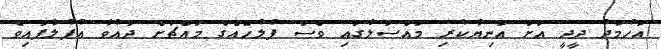
އަހުމަދު ދީދީ އަށް އަނިޔާކުރި މައްސަލާގައި ވެސް ފުލުހެއްގެ މައްޗަށް ދައުވާ އުފުލާފައިވެ